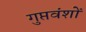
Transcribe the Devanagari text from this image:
गुप्तवंशों